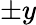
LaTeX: \pm y